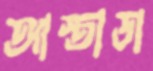
আস্তাডা